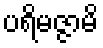
ပရိမဇ္ဇာမိ